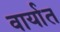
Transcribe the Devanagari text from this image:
वार्यात